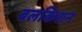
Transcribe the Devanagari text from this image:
बलकिशन